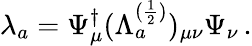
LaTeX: \lambda_{a}=\Psi_{\mu}^{\dagger}(\Lambda_{a}^{(\frac{1}{2})})_{\mu\nu}\Psi_{\nu}\, .